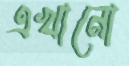
এখানো